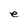
Character: e